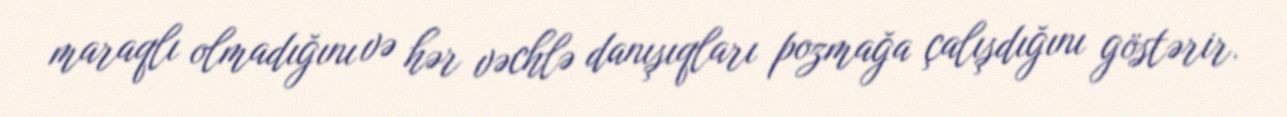
maraqlı olmadığını və hər vəchlə danışıqları pozmağa çalışdığını göstərir.